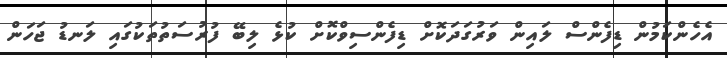
އެހެންކަމުން ޑިފެންސް ލައިން ވަރުގަދަކޮށް ޑިފެންސިވްކޮށް ކުޅެ ލިބޭ ފުރުސަތުތަކުގައި ލަނޑު ޖަހަން